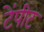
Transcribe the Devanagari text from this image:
टेंपीट